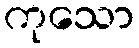
ကုသော